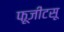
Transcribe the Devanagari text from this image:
फूजीटसू